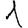
Digit: 1